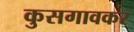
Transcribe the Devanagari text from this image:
कुसगावकर